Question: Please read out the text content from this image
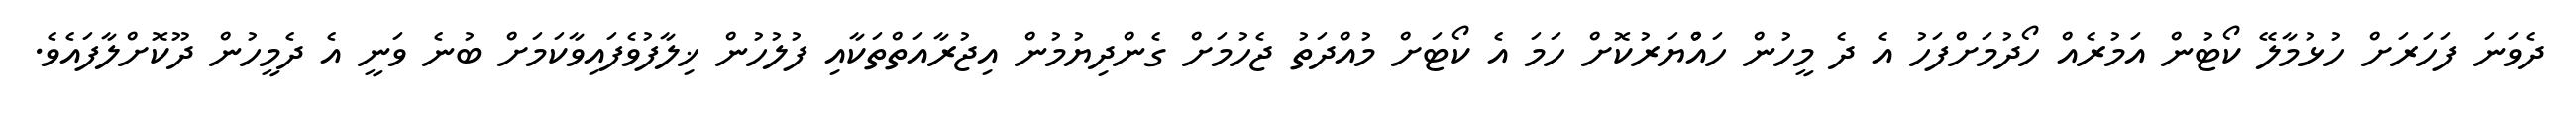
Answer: ދެވަނަ ފަހަރަށް ހުޅުމާލޭ ކޯޓުން އަމުރެއް ހޯދުމަށްފަހު އެ ދެ މީހުން ހައްުޔަރުކޮށް ހަމަ އެ ކޯޓަށް މުއްދަތު ޖެހުމަށް ގެންދިޔުމުން އިޖުރާއަތްތަކާއި ފުލުހުން ޚިލާފުވެފައިވާކަމަށް ބުނެ ވަނީ އެ ދެމީހުން ދޫކޮށްލާފައެވެ.